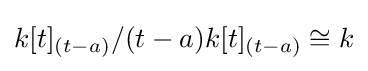
k[t]_{(t-a)}/(t-a)k[t]_{(t-a)}\cong k